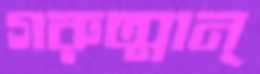
গরুত্মান্